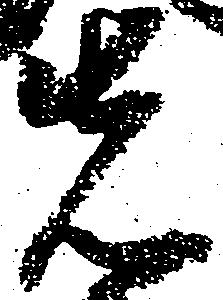
先